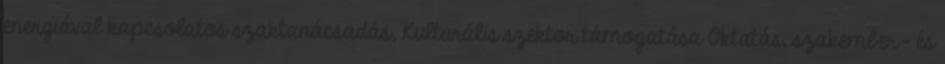
energiával kapcsolatos szaktanácsadás, Kulturális szektor támogatása Oktatás, szakember- és